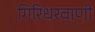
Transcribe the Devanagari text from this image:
गिरिधरवाणी